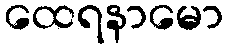
ထေရနာမော